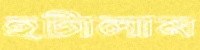
হটালাম